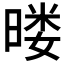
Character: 𰖚